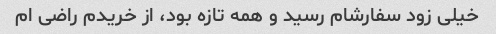
خیلی زود سفارشام رسید و همه تازه بود، از خریدم راضی ام